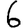
Digit: 6